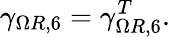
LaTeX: \gamma_{\Omega R,6}=\gamma_{\Omega R,6}^{T}.